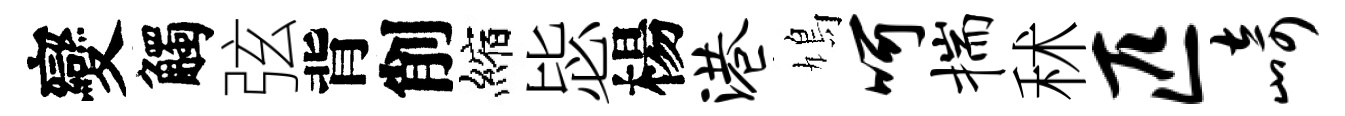
變觸弦背削縮毖楊港鳩呵揣秫匹崎